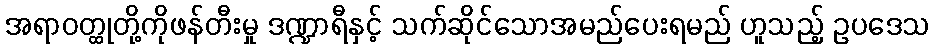
အရာဝတ္ထုတို့ကိုဖန်တီးမှု ဒဏ္ဍာရီနှင့် သက်ဆိုင်သောအမည်ပေးရမည် ဟူသည့် ဥပဒေသ